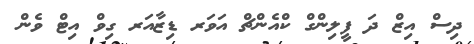
ދިސް އިޒް ދަ ފީލިންގް ކްއެންޗް އަވަރ ޑިޒާއަރ ގިވް އިޓް ވެން